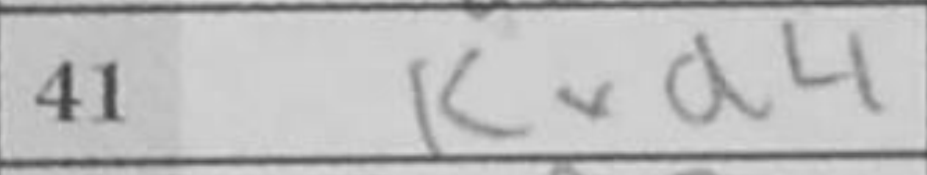
Transcription: Kxd4